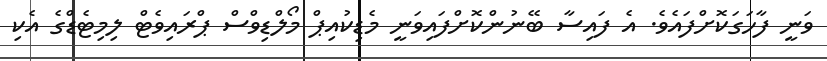
ވަނީ ފާހަގަކޮށްފައެވެ. އެ ފައިސާ ބޭނުންކޮށްފައިވަނީ މެޑިކުއިޕް މޯލްޑިވްސް ޕްރައިވެޓް ލިމިޓެޑްގެ އެކި